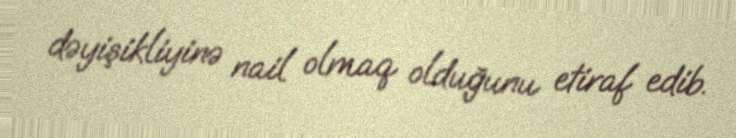
dəyişikliyinə nail olmaq olduğunu etiraf edib.